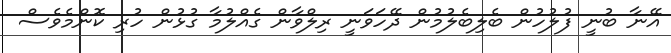
އޭނާ ބުނީ ފުލުހުން ބެލިބެލުމުން ދޭހަވަނީ ރިލްވާން ގެއްލުމާ ގުޅުން ހުރި ކޮންމެވެސް